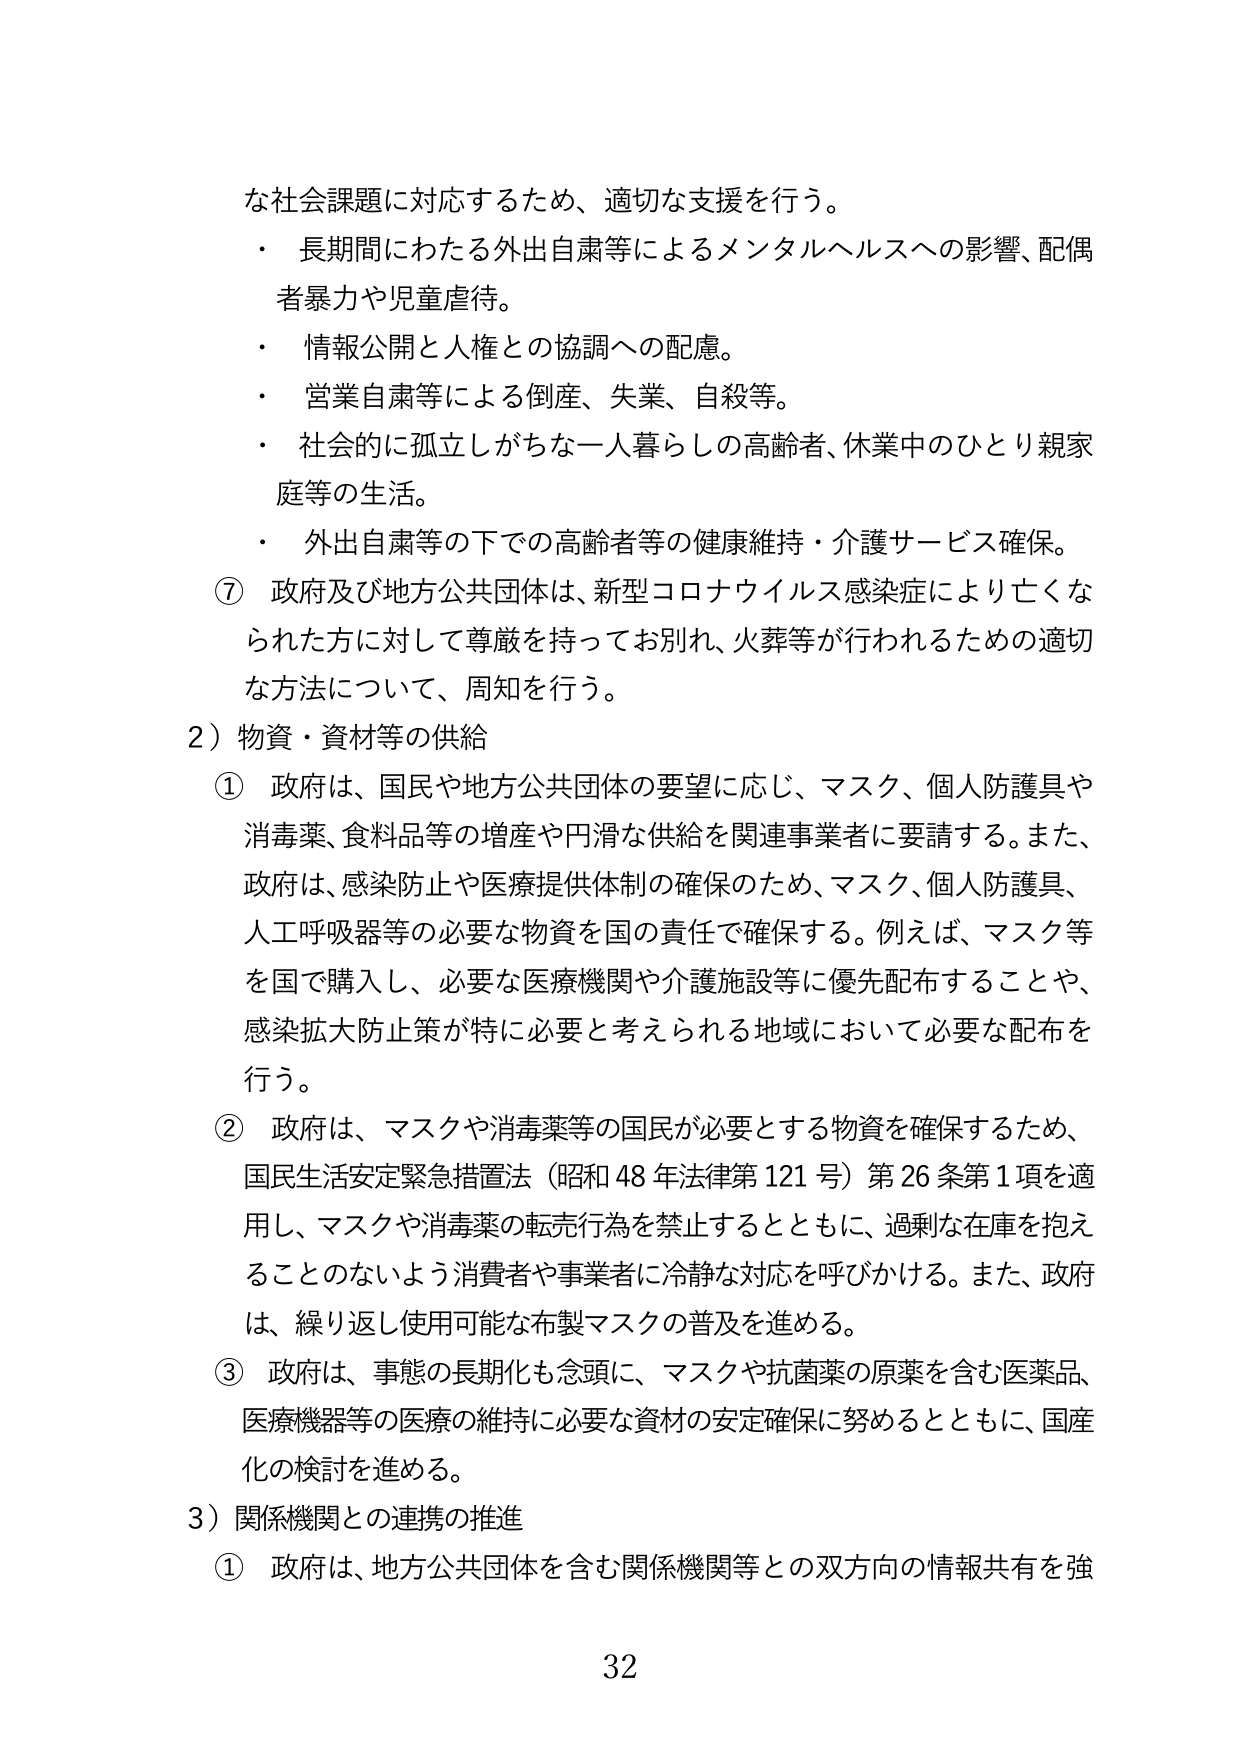
な社会課題に対応するため、適切な支援を行う。
・ 長期間にわたる外出自粛等によるメンタルヘルスへの影響、配偶者暴力や児童虐待。
・ 情報公開と人権との協調への配慮。
・ 営業自粛等による倒産、失業、自殺等。
・ 社会的に孤立しがちな一人暮らしの高齢者、休業中のひとり親家庭等の生活。
・ 外出自粛等の下での高齢者等の健康維持・介護サービス確保。
⑦ 政府及び地方公共団体は、新型コロナウイルス感染症により亡くなられた方に対して尊厳を持ってお別れ、火葬等が行われるための適切な方法について、周知を行う。
2）物資・資材等の供給
① 政府は、国民や地方公共団体の要望に応じ、マスク、個人防護具や消毒薬、食料品等の増産や円滑な供給を関連事業者に要請する。また、政府は、感染防止や医療提供体制の確保のため、マスク、個人防護具、人工呼吸器等の必要な物資を国の責任で確保する。例えば、マスク等を国で購入し、必要な医療機関や介護施設等に優先配布することや、感染拡大防止策が特に必要と考えられる地域において必要な配布を行う。
② 政府は、マスクや消毒薬等の国民が必要とする物資を確保するため、国民生活安定緊急措置法（昭和48年法律第121号）第26条第1項を適用し、マスクや消毒薬の転売行為を禁止するとともに、過剰な在庫を抱えることのないよう消費者や事業者に冷静な対応を呼びかける。また、政府は、繰り返し使用可能な布製マスクの普及を進める。
③ 政府は、事態の長期化も念頭に、マスクや抗菌薬の原薬を含む医薬品、医療機器等の医療の維持に必要な資材の安定確保に努めるとともに、国産化の検討を進める。
3）関係機関との連携の推進
① 政府は、地方公共団体を含む関係機関等との双方向の情報共有を強
32